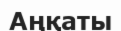
Аңқаты